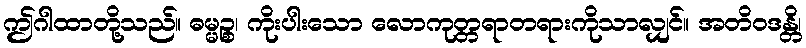
ဤဂါထာတို့သည်။ ဓမ္မဉ္စ၊ ကိုးပါးသော လောကုတ္တရာတရားကိုသာလျှင်။ အတိဝဒန္တိ၊